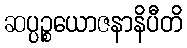
ဆပ္ပဉ္စယောဇနာနိပီတိ